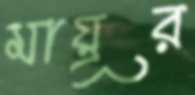
মায়ূর